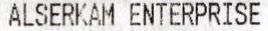
ALSERKAM ENTERPRISE